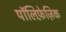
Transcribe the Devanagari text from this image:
पॉलिफ़ेज़िक